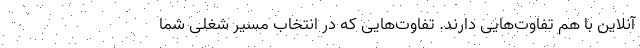
آنلاین با هم تفاوت‌هایی دارند. تفاوت‌هایی که در انتخاب مسیر شغلی شما